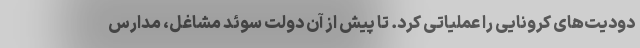
دودیت‌های کرونایی را عملیاتی کرد. تا پیش از آن دولت سوئد مشاغل، مدارس